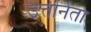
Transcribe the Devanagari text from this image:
उत्तीर्नता